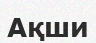
Ақши